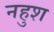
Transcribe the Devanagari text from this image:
नहुश